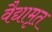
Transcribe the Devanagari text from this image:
वैद्यामृत